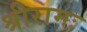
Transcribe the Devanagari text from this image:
श्रीरामः